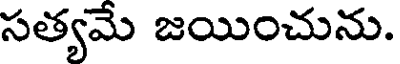
సత్యమే జయించును.